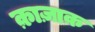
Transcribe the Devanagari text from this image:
क़ाज़ाक़